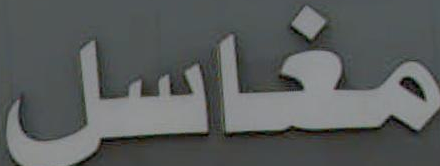
مغاسل